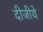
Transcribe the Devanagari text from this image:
दीजीये